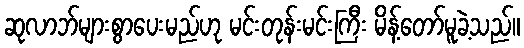
ဆုလာဘ်များစွာပေးမည်ဟု မင်းတုန်းမင်းကြီး မိန့်တော်မူခဲ့သည်။